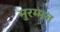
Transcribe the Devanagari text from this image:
मुरम्मत